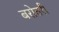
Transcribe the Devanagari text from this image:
बरोतरी